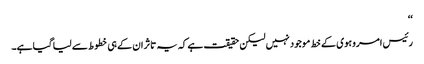
‘‘
رئیس امروہوی کے خط موجود نہیں لیکن حقیقت ہے کہ یہ تاثر ان کے ہی خطوط سے لیا گیا ہے۔